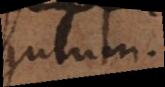
gulum